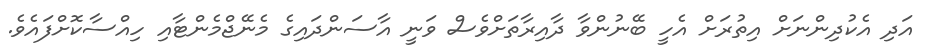
އަދި އެކުދިންނަށް އިތުރަށް އެހީ ބޭނުންވާ ދާއިރާތަށްވެސް ވަނީ އާސަންދައިގެ މެނޭޖްމެންޓާއި ހިއްސާކޮށްފައެވެ.